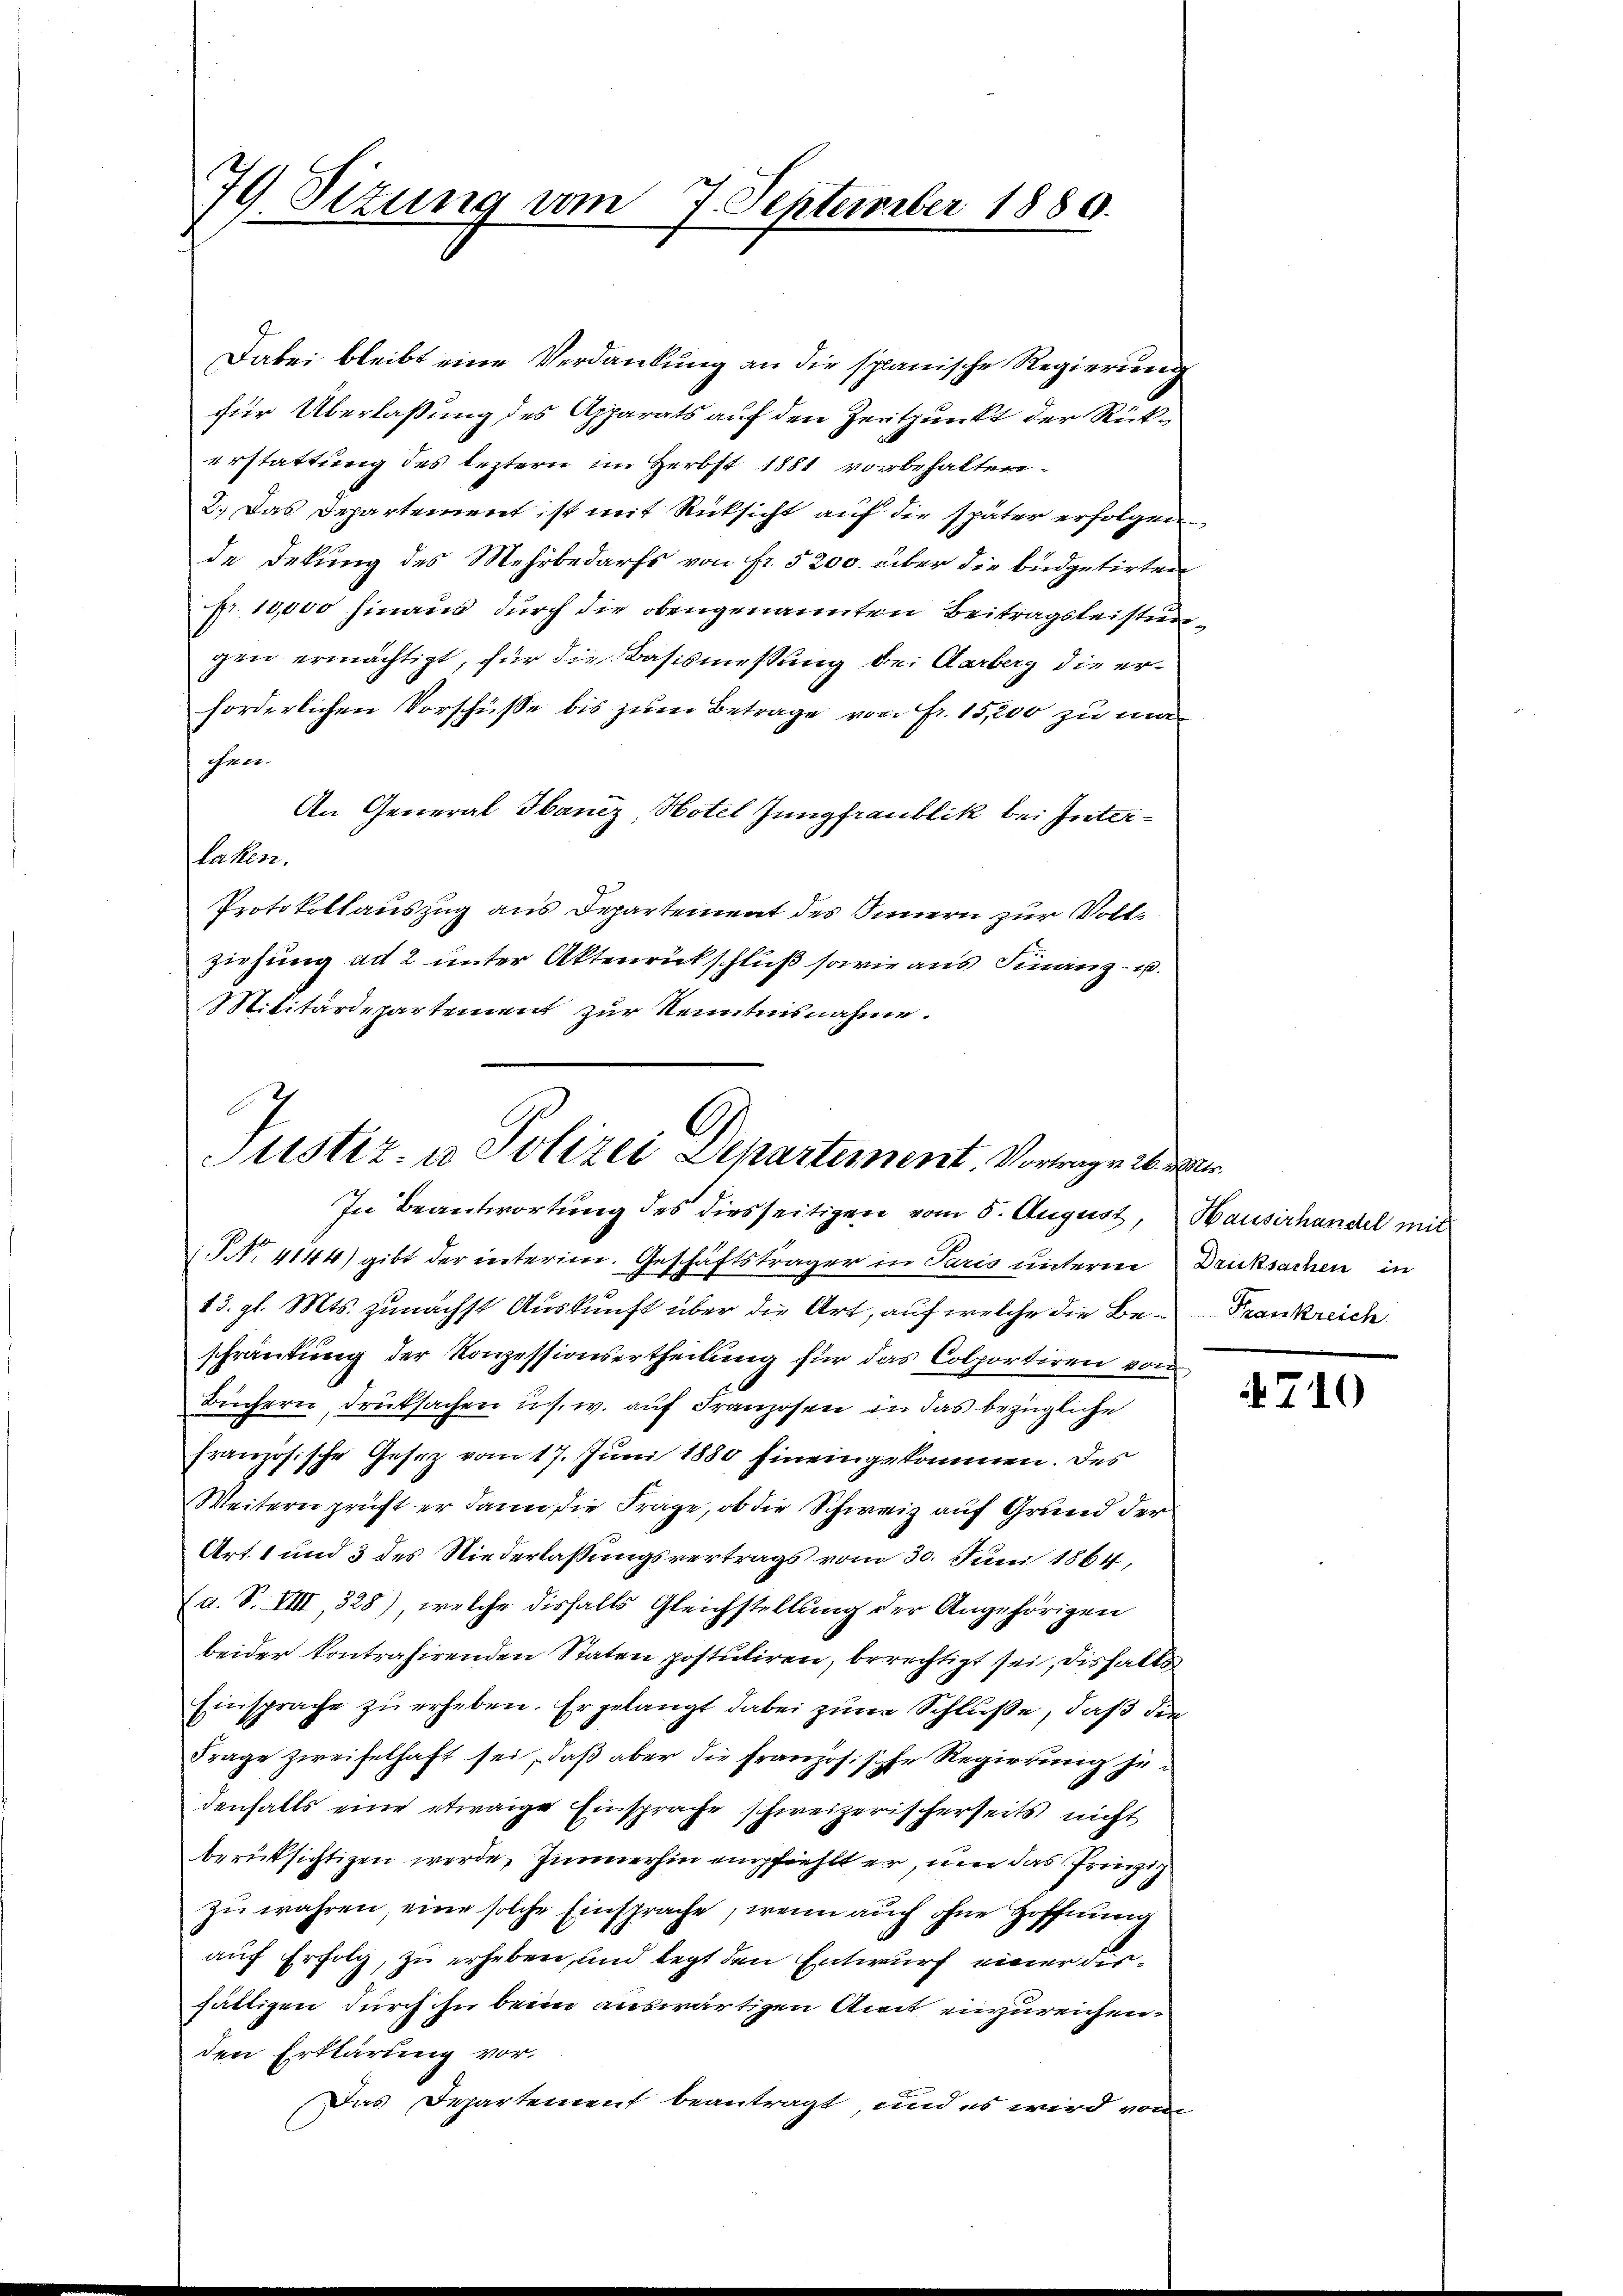
79 Sizung vom 7. September 1880.

Dabei bleibt eine Verdankung an die spanische Regierung
für Überlaßung des Apparats auf den Zeitpunkt der Rückerstattung des leztern im Herbst 1881 vorbehalten.
2. Das Departement ist mit Rücksicht auf die später erfolgen
de Dekung des Mehrbedarfs von fr. 5200. über die büdgetirten
pr. 10,000 hinaus durch die obengenannten Beitragsleistungen ermächtigt, für die Basismessung bei Aarberg die erforderlichen Vorschüße bis zum Betrage von Fr. 15,200 zu mafen.
An General Hanez, Hotel Jungfraublik bei Interlaken.
Protokollauszug aus Departement des Innern zur Vollziehung ad 2 unter Aktenrückschluß sowie aus Finanz- u.
Militärdepartement zur Kenntnisnahme.

Justiz- u. Polizei Departement. Vortrage i
In Beantwortung des diesseitigen vom 5. August, Hausirhandel mit

NNo. 4144) gibt der interim. Geschäftsträger in Paris unterne Drucksachen in
13. gl. Mts. zunächst Auskunft über die Art, auf welche die Beschränkung der Konzessionsertheilung für das Colportiren von
Büchern, druksachen u. s. w. auf Franzosen in das bezügliche
französische Gesetz vom 17. Juni 1880 hineingekommen. Des
Weitern prüft er dann die Frage, ob die Schweiz auf Grund der
Art. 1 und 3 des Niederlassungsvertrags vom 30. Juni 1864,
(a. S. VIII, 328), welche disfalls Gleichstellung der Angehörigen
beider kontrahirenden Staten postuliren, berechtigt sei, dishalbs
Einsprache zŭ erheben. Er gelangt dabei zum Schluße, daß die
Frage zweifelhaft sei, daß aber die französische Regierung je
denfalls eine etwaige Einsprache schweizerischerseits nicht
berüksichtigen werde, immerhin empfiehlt er, um das Prinzip
zu wahren, eine solche Einsprache, wenn auch ohne Hoffnung
auf Erfolg, zu erheben, und legt den Entwurf einer Firfältigen durch in beim auswärtigen Amt einzureichen.
den Erklärung vor.
Das Departement beantragt, und es wird von

t
Frankreich

710